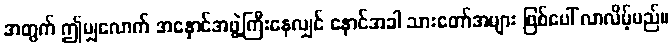
အတွက် ဤမျှလောက် အနှောင်အဖွဲ့ကြီးနေလျှင် နောင်အခါ သားတော်အများ ဖြစ်ပေါ် လာလိမ့်မည်။